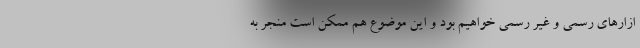
ازارهای رسمی و غیر رسمی خواهیم بود و این موضوع هم ممکن است منجر به